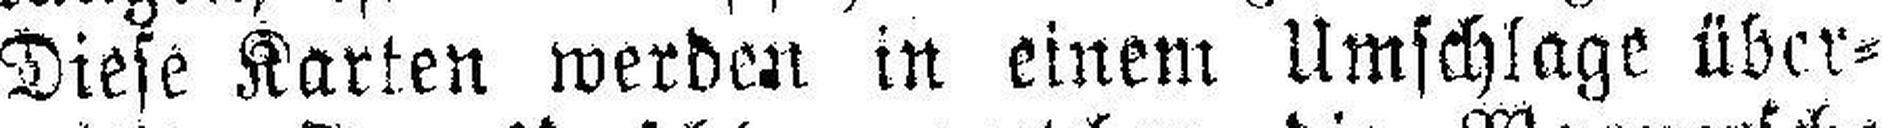
Diese Karten werden in einem Umschlage über¬